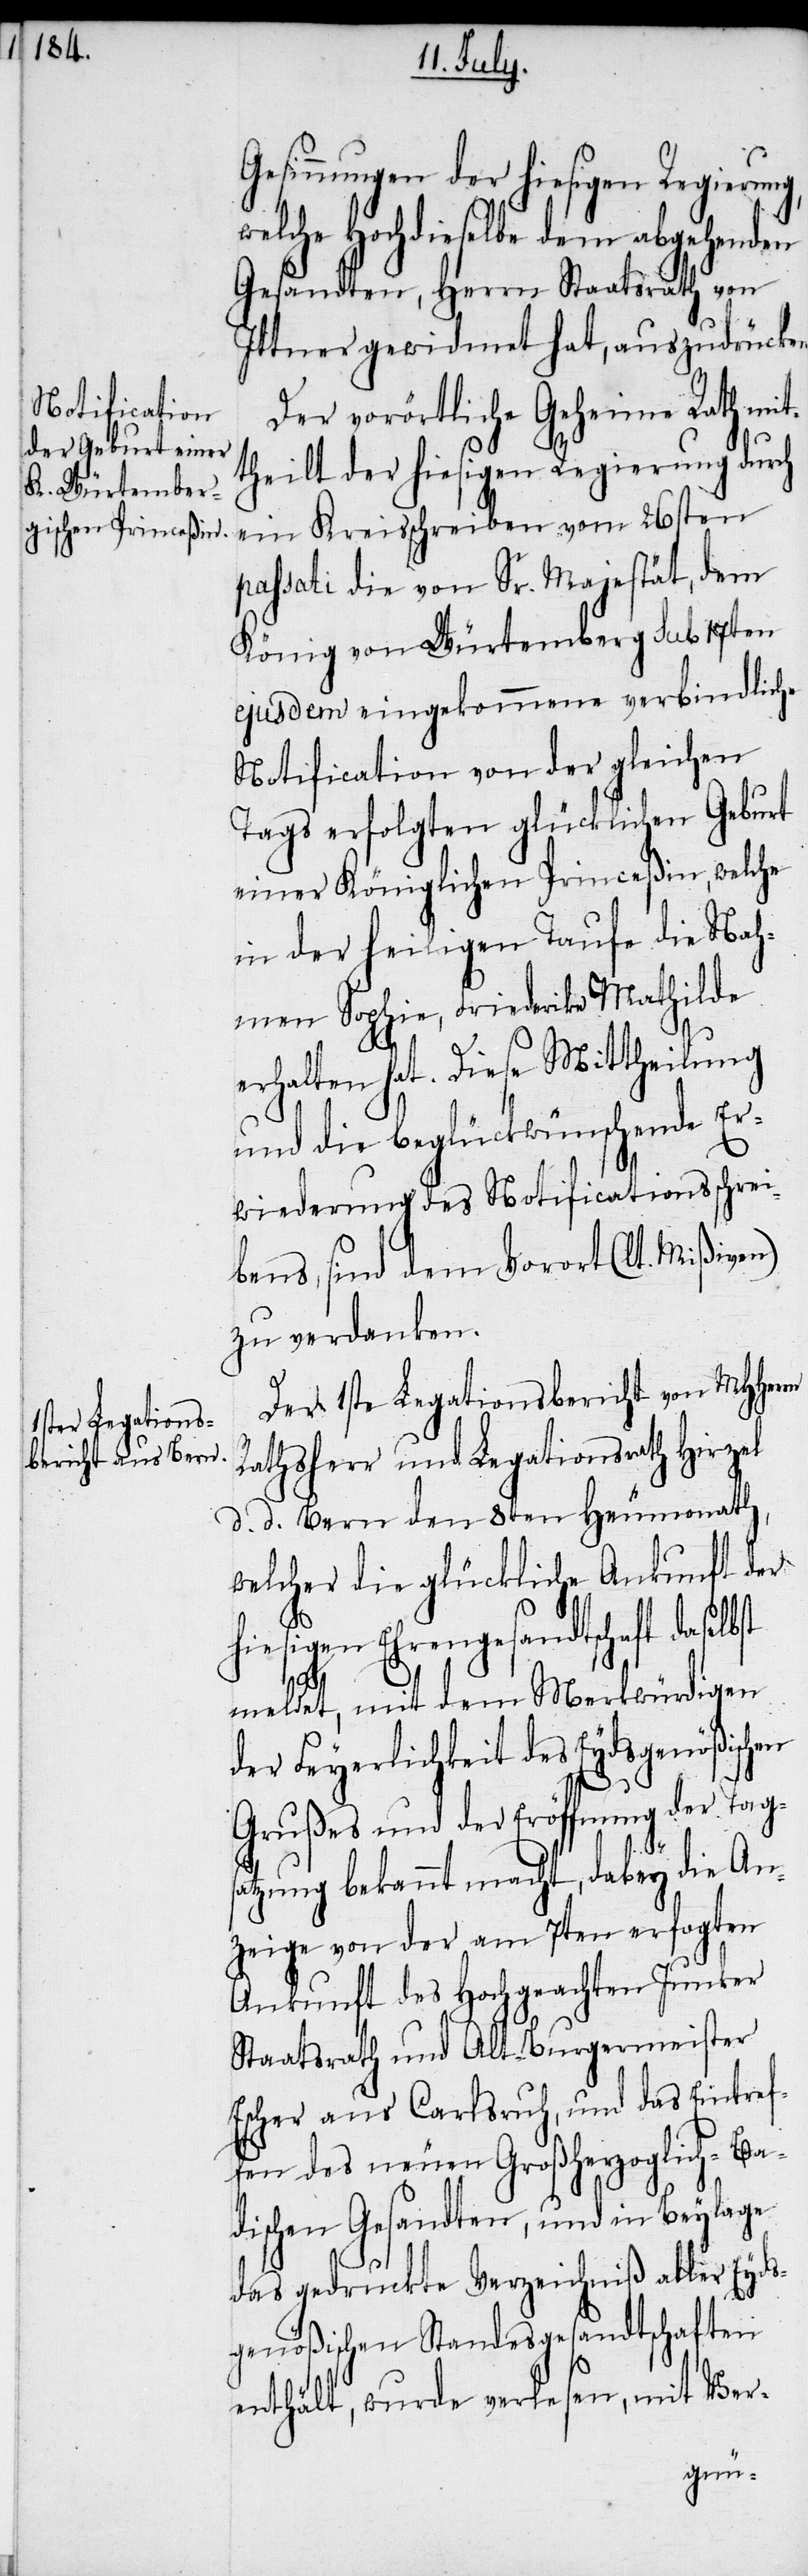
esinnungen der hiesigen Regieru¬
welche Hochdieselbe dem abgehenden
Gesandten, Herrn Staatsrath von
Ittner gewidmet hat, auszudrücken.
Der vorörtliche Geheime Rath mit¬
theilt der hiesigen Regierung durch
ein Kreisschreiben vom 26sten
passati die von Sr. Majestät, dem
König von Würtemberg sub 17ten
ejusdem eingekommene verbindliche
Notifcation von der gleichen
Tags erfolgten glücklichen Geburt
einer Königlichen Princeßin, welche
in der heiligen Taufe die Nah¬
men Sophie, Friederika Mathilde
st
erhalten hat. Diese Mittheilung
und die beglückwünschende Er¬
wiederung des Notificationsschrei¬
bens, sind dem Vorort (lt. Mißiven)
zu verdanken.
Der 1ste Legationsbericht von MHHerrn
Rathsherr und Legationsrath Hirzel
d. d. Bern den 8ten Heumonath,
welcher die glückliche Ankunft der
hiesigen Ehrengesandtschaft daselb¬
meldet, mit dem Merkwürdigen
der Feyerlichkeit des Eydsgenößischen
Grußes und der Eröffnung der Tagsa¬
tzung bekannt macht, dabey die An¬
zeige von der am 7ten erfo[l]gten
Ankunft des Hochgeachten Junker
Staatsrath und Alt-Burgermeister
Escher aus Carlsruh, und das Eintref¬
fen des neuen Großherzoglich-Ba¬
dischen Gesandten, und in Beylage
das gedruckte Verzeichniß aller Eyds¬
genößischen Standesgesandtschaften
enthält, wurde verlesen, mit Ver-